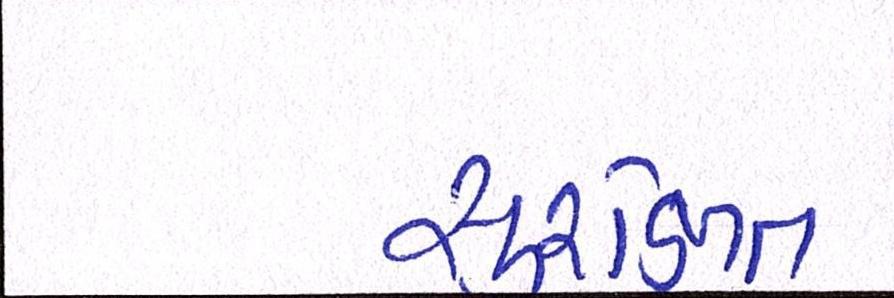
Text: સુરક્ષિત